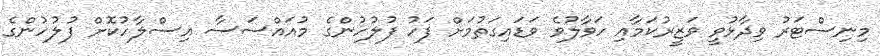
މިނިސްޓަރު ވިދާޅުވީ ވަޒީރުކަމާއި ހަވާލުވެ ވަޑައިގަތުމަށް ފަހު ފުލުހުންގެ މުއައްސަސާ އިސްލާހުކޮށް ފުލުހުންގެ